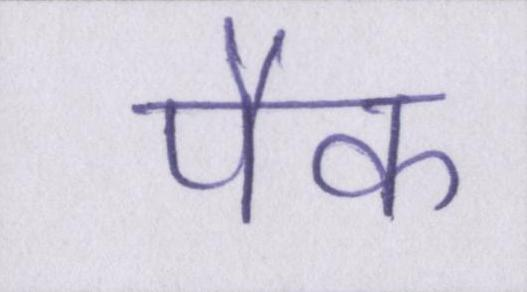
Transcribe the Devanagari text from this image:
पैक